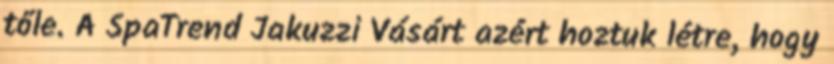
tőle. A SpaTrend Jakuzzi Vásárt azért hoztuk létre, hogy